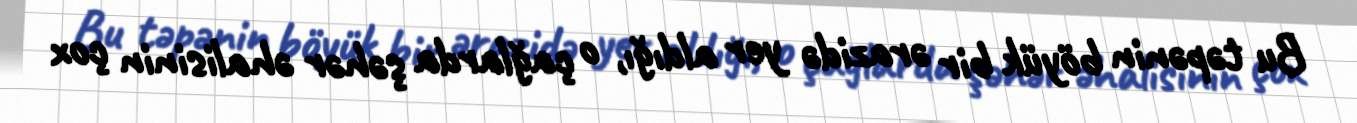
Bu təpənin böyük bir ərazidə yer aldığı, o çağlarda şəhər əhalisinin çox